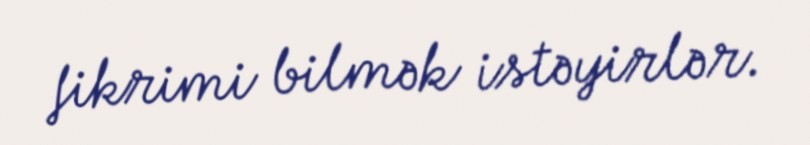
fikrimi bilmək istəyirlər.